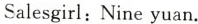
Salesgirl:Nine yuan.